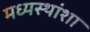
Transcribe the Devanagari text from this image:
मध्यस्थांशा